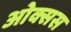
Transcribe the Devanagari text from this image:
ओक्सस